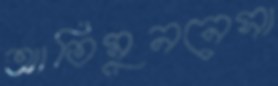
আতিমুননেসা